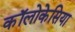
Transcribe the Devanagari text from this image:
कॉलोकेसिया